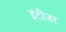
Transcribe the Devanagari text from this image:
इंटीजर